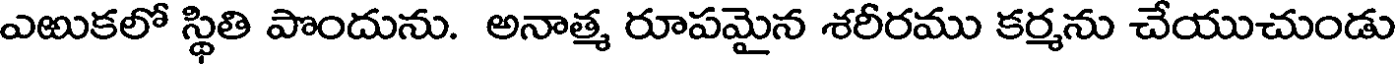
ఎఱుకలో స్థితి పొందును. అనాత్మ రూపమైన శరీరము కర్మను చేయుచుండు